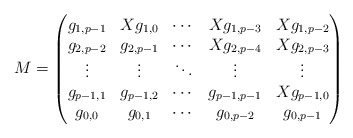
\begin{align*}M=\begin{pmatrix}g_{1,p-1} & Xg_{1,0} & \cdots &Xg_{1,p-3} & Xg_{1,p-2} \\g_{2,p-2} & g_{2,p-1} & \cdots & Xg_{2,p-4} & Xg_{2,p-3} \\\vdots & \vdots & \ddots & \vdots & \vdots \\g_{p-1,1} & g_{p-1,2} & \cdots & g_{p-1,p-1} & Xg_{p-1,0} \\g_{0,0} & g_{0,1} & \cdots & g_{0,p-2} & g_{0,p-1}\end{pmatrix}\end{align*}